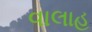
વાલાહ